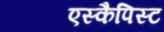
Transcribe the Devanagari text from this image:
एस्कैपिस्ट